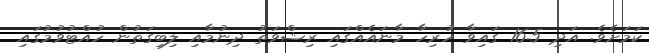
ކަމަށެވެ. އަދި 16.5 ގައިވާ ހުރިހާ މާނައެއްގައި ރިޝްވަތު ދިނުމާއި ލިބިގަތުން ހުއްޓުވުމުގައި